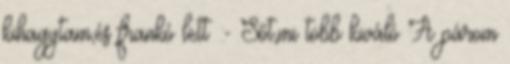
kihagytam,és frankó lett :- Sőt,mi több kiváló A párom